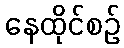
နေထိုင်စဉ်